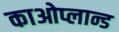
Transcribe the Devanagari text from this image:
काओप्लान्ड